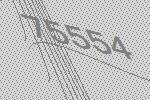
75554